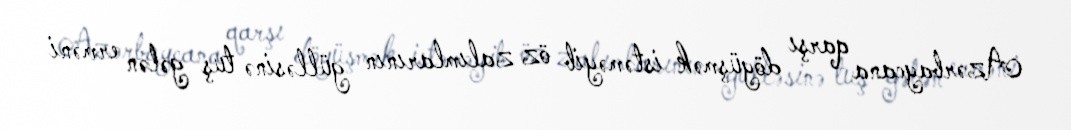
Azərbaycana qarşı döyüşmək istəməyib öz zalımlarının gülləsinə tuş gələn erməni